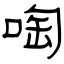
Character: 啕